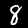
Digit: 8